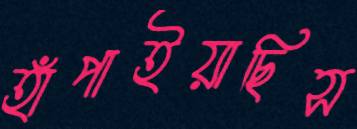
হাঁপাইয়াছিস